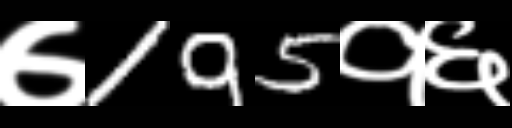
Text: ७195१६